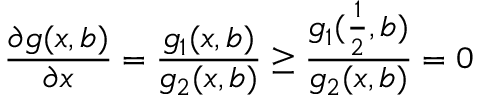
\frac { \partial g ( x , b ) } { \partial x } = \frac { g _ { 1 } ( x , b ) } { g _ { 2 } ( x , b ) } \geq \frac { g _ { 1 } ( \frac { 1 } { 2 } , b ) } { g _ { 2 } ( x , b ) } = 0